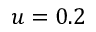
u = 0 . 2